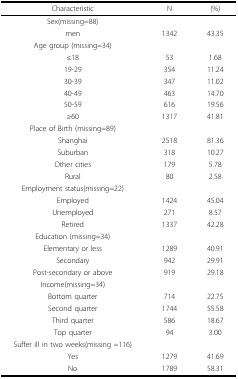
<table><thead><tr><td><b>Characteristic</b></td><td><b>N</b></td><td><b>(%)</b></td></tr></thead><tbody><tr><td>Sex(missing=88)</td><td></td><td></td></tr><tr><td>men</td><td>1342</td><td>43.35</td></tr><tr><td>Age group (missing=34)</td><td></td><td></td></tr><tr><td>≤18</td><td>53</td><td>1.68</td></tr><tr><td>19-29</td><td>354</td><td>11.24</td></tr><tr><td>30-39</td><td>347</td><td>11.02</td></tr><tr><td>40-49</td><td>463</td><td>14.70</td></tr><tr><td>50-59</td><td>616</td><td>19.56</td></tr><tr><td>≥60</td><td>1317</td><td>41.81</td></tr><tr><td>Place of Birth (missing=89)</td><td></td><td></td></tr><tr><td>Shanghai</td><td>2518</td><td>81.36</td></tr><tr><td>Suburban</td><td>318</td><td>10.27</td></tr><tr><td>Other cities</td><td>179</td><td>5.78</td></tr><tr><td>Rural</td><td>80</td><td>2.58</td></tr><tr><td>Employment status(missing=22)</td><td></td><td></td></tr><tr><td>Employed</td><td>1424</td><td>45.04</td></tr><tr><td>Unemployed</td><td>271</td><td>8.57</td></tr><tr><td>Retired</td><td>1337</td><td>42.28</td></tr><tr><td>Education (missing=34)</td><td></td><td></td></tr><tr><td>Elementary or less</td><td>1289</td><td>40.91</td></tr><tr><td>Secondary</td><td>942</td><td>29.91</td></tr><tr><td>Post-secondary or above</td><td>919</td><td>29.18</td></tr><tr><td>Income(missing=34)</td><td></td><td></td></tr><tr><td>Bottom quarter</td><td>714</td><td>22.75</td></tr><tr><td>Second quarter</td><td>1744</td><td>55.58</td></tr><tr><td>Third quarter</td><td>586</td><td>18.67</td></tr><tr><td>Top quarter</td><td>94</td><td>3.00</td></tr><tr><td>Suffer ill in two weeks(missing =116)</td><td></td><td></td></tr><tr><td>Yes</td><td>1279</td><td>41.69</td></tr><tr><td>No</td><td>1789</td><td>58.31</td></tr></tbody></table>